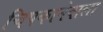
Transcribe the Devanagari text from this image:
चिपकानेवाला